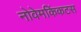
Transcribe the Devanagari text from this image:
नोवेमकिंकटस